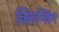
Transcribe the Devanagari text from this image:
क्लिन्सिंग